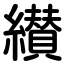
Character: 纉